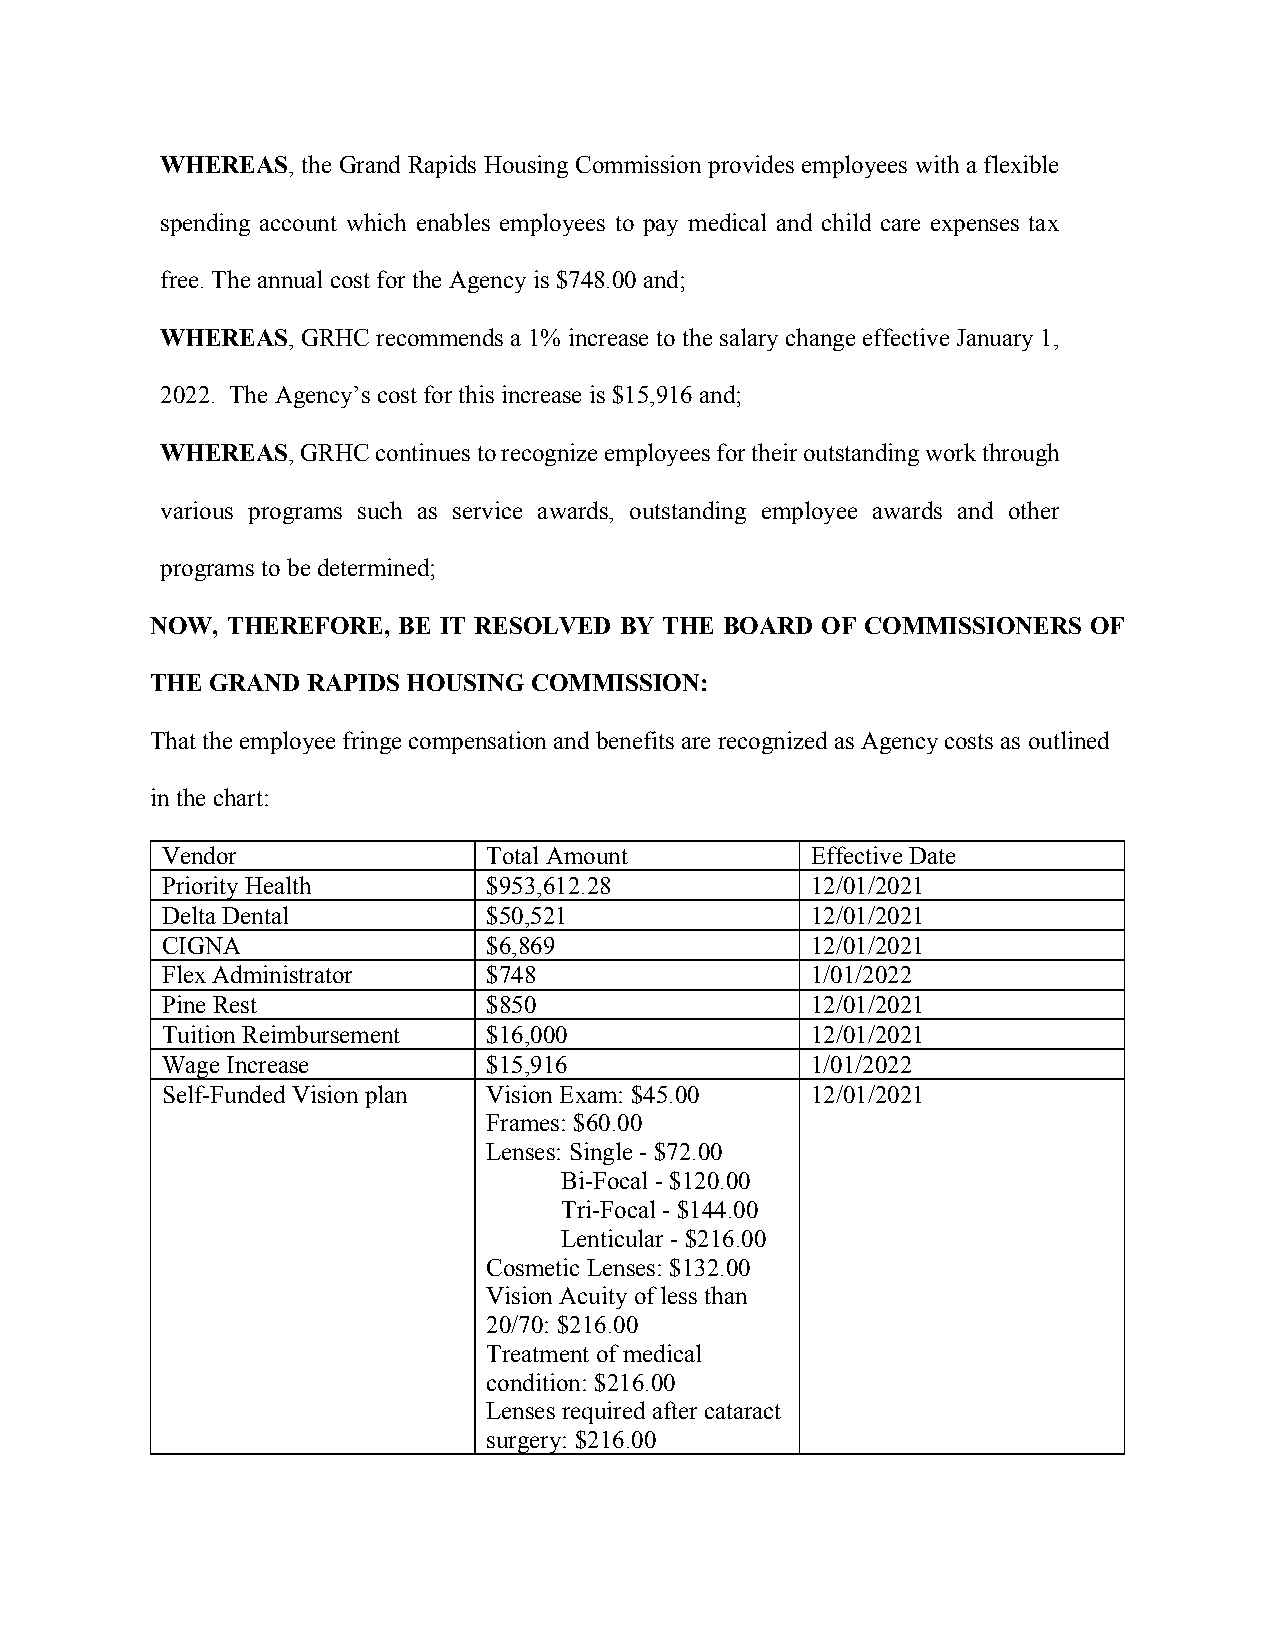
WHEREAS, the Grand Rapids Housing Commission provides employees with a flexible
 spending account which enables employees to pay medical and child care expenses tax
 free. The annual cost for the Agency is $748.00 and;
 WHEREAS, GRHC recommends a 1% increase to the salary change effective January 1,
 2022. The Agency’s cost for this increase is $15,916 and;
 WHEREAS, GRHC continues to recognize employees for their outstanding work through
 various programs such as service awards, outstanding employee awards and other
 programs to be determined;
 NOW, THEREFORE, BE IT RESOLVED BY THE BOARD OF COMMISSIONERS  OF
 THE GRAND RAPIDS HOUSING COMMISSION:
 That the employee fringe compensation and benefits are recognized as Agency costs as outlined
 in the chart:
 Vendor               Total Amount          Effective Date
 Priority Health      $953,612.28           12/01/2021
 Delta Dental         $50,521               12/01/2021
 CIGNA                $6,869                12/01/2021
 Flex Administrator   $748                  1/01/2022
 Pine Rest            $850                  12/01/2021
 Tuition Reimbursement $16,000              12/01/2021
 Wage Increase        $15,916               1/01/2022
 Self-Funded Vision plan Vision Exam: $45.00 12/01/2021
 Frames: $60.00
 Lenses: Single - $72.00
 Bi-Focal - $120.00
 Tri-Focal - $144.00
 Lenticular - $216.00
 Cosmetic Lenses: $132.00
 Vision Acuity of less than
 20/70: $216.00
 Treatment of medical
 condition: $216.00
 Lenses required after cataract
 surgery: $216.00